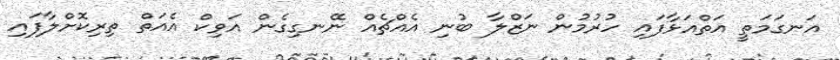
އަނގަމަތީ އަތްއަޅާފައި ހުރުމުން ނަޒްލާ ބުނި އެއްޗެއް ނޭނގިގެން އަވިކް އެއަތް ތިރިކޮށްލާފައި